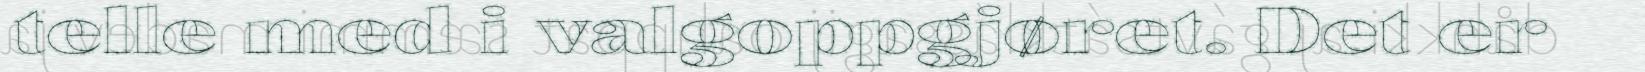
telle med i valgoppgjøret. Det er